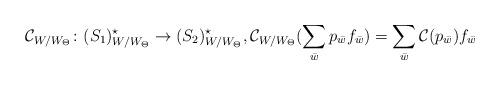
LaTeX: \begin{align*}\mathcal{C}_{W/W_\Theta}\colon (S_{1})_{W/W_\Theta}^\star \to (S_2)_{W/W_\Theta}^\star,\mathcal{C}_{W/W_\Theta}(\sum_{\bar{w}} p_{\bar{w}} f_{\bar{w}})=\sum_{\bar{w}} \mathcal{C}(p_{\bar{w}})f_{\bar{w}}\end{align*}